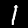
Label: 1